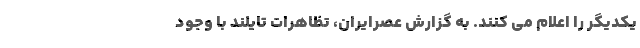
یکدیگر را اعلام می کنند. به گزارش عصرایران، تظاهرات تایلند با وجود